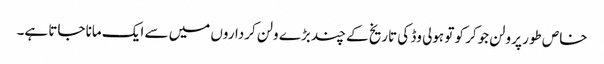
خاص طور پر ولن جوکر کو تو ہولی وڈ کی تاریخ کے چند بڑے ولن کرداروں میں سے ایک مانا جاتا ہے۔